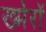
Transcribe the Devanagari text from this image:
ख्मेरों